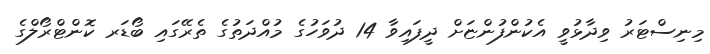
މިނިސްޓަރު ވިދާޅުވީ އެކުންފުންޏަށް ދީފައިވާ 14 ދުވަހުގެ މުއްދަތުގެ ތެރޭގައި ބޯޑަރ ކޮންޓްރޯލްގެ